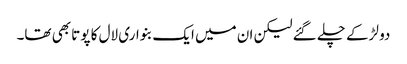
دو لڑکے چلے گئے لیکن ان میں ایک بنواری لال کا پوتا بھی تھا۔